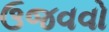
ઉજવવો